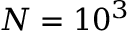
N = 1 0 ^ { 3 }